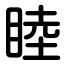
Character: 睦